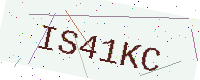
Text: IS41KC